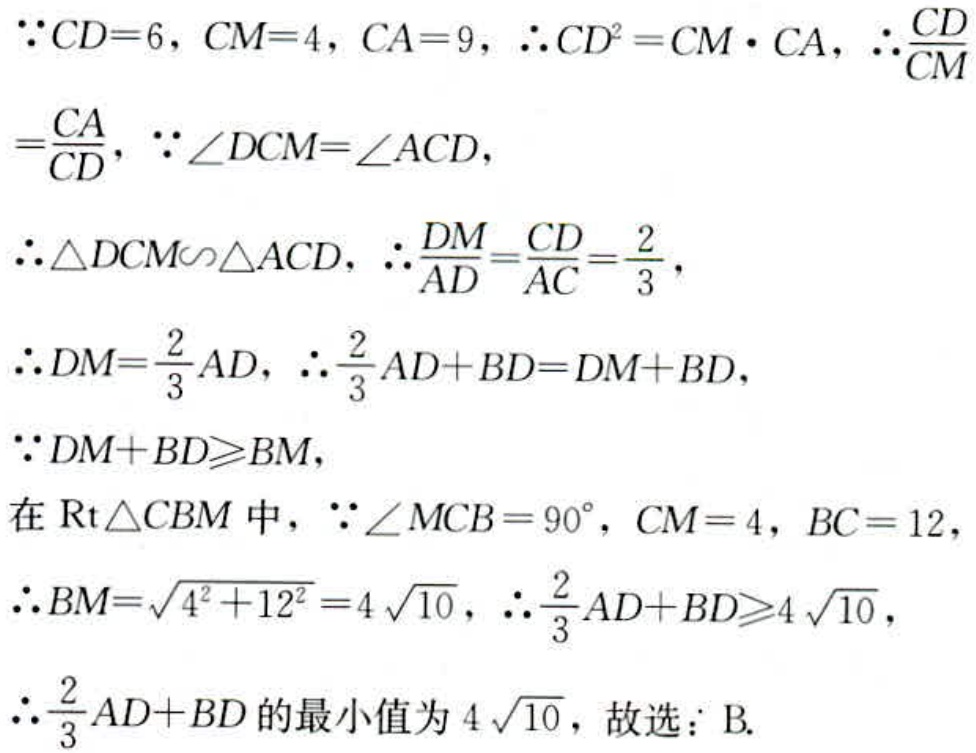
\(\because CD = 6, CM = 4, CA = 9, \therefore CD^{2}=CM\cdot CA, \therefore \frac{CD}{CM}=\frac{CA}{CD}, \because \angle DCM=\angle ACD,\)
\(\therefore \triangle DCM\sim\triangle ACD, \therefore \frac{DM}{AD}=\frac{CD}{AC}=\frac{2}{3},\)
\(\therefore DM=\frac{2}{3}AD, \therefore \frac{2}{3}AD + BD=DM + BD,\)
\(\because DM + BD\geqslant BM,\)
在\(\text{Rt}\triangle CBM\)中, \(\because \angle MCB = 90^{\circ}, CM = 4, BC = 12,\)
\(\therefore BM=\sqrt{4^{2}+12^{2}} = 4\sqrt{10}, \therefore \frac{2}{3}AD + BD\geqslant 4\sqrt{10},\)
\(\therefore \frac{2}{3}AD + BD\)的最小值为\(4\sqrt{10}\), 故选: B.